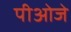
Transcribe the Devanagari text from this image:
पीओजे